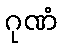
ဂုဏံ